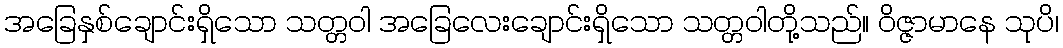
အခြေနှစ်ချောင်းရှိသော သတ္တဝါ အခြေလေးချောင်းရှိသော သတ္တဝါတို့သည်။ ဝိဇ္ဇာမာနေ သုပိ၊